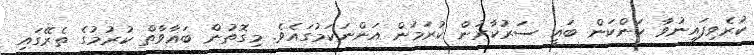
ކުރެވިފައިނުވާ ކަންކަން ބަޣީ ސަރުކާރުން ކުރަމުން އަންނަކަމުގައެވެ. މިގޮތުން ބަޣާވާތް ކުރުމުގެ ތެރޭގައި